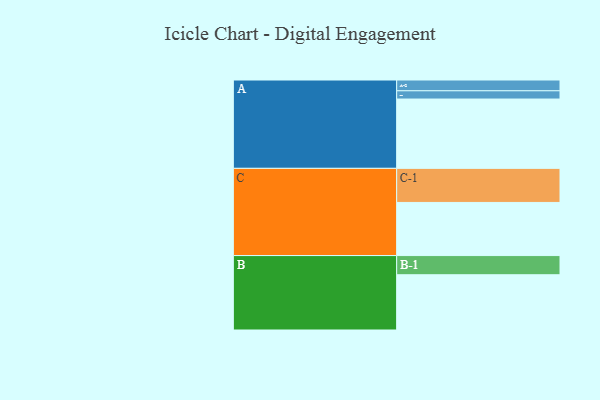
{"axis": {"x": "Segment", "y": "Value"}, "legend": ["", "A", "B", "C"], "data": [{"x": "A", "y": 488, "type": ""}, {"x": "B", "y": 389, "type": ""}, {"x": "C", "y": 374, "type": ""}, {"x": "A-1", "y": 58, "type": "A"}, {"x": "A-2", "y": 76, "type": "A"}, {"x": "B-1", "y": 135, "type": "B"}, {"x": "C-1", "y": 240, "type": "C"}]}